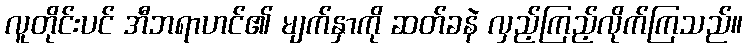
လူတိုင်းပင် အီဘရာဟင်၏ မျက်နှာကို ဆတ်ခနဲ လှည့်ကြည့်လိုက်ကြသည်။